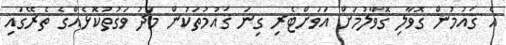
އެ ޤައުމުން ގޮވާލި ގޮވާލުމަށް އަވަށްޓެރި ގިނަ ޤައުމުތަކުން މަދު ވަގުތުކޮޅެއްގެ ތެރޭގައި